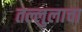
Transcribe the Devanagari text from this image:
तल्लुलाचा